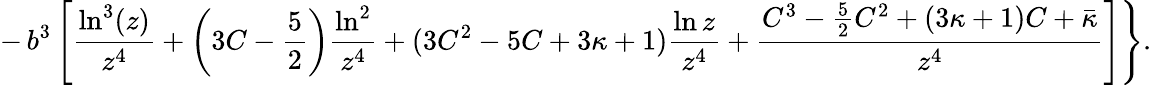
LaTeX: -\left.b^{3}\left[\frac{\ln^{3}(z)}{z^{4}}+\left(3C-\frac{5}{2}\right)\frac{\ln^{2}}{z^{4}}+(3C^{2}-5C+3\kappa+1)\frac{\ln z}{z^{4}}+\frac{C^{3}-\frac{5}{2}C^{2}+(3\kappa+1)C+\bar{\kappa}}{z^{4}}\right]\right\} .